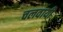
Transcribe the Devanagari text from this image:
चलवायी